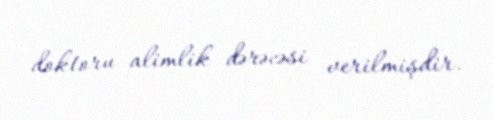
doktoru alimlik dərəcəsi verilmişdir.